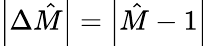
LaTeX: \left\vert\Delta\hat{M}\right\vert=\left\vert\hat{M}-1\right\vert